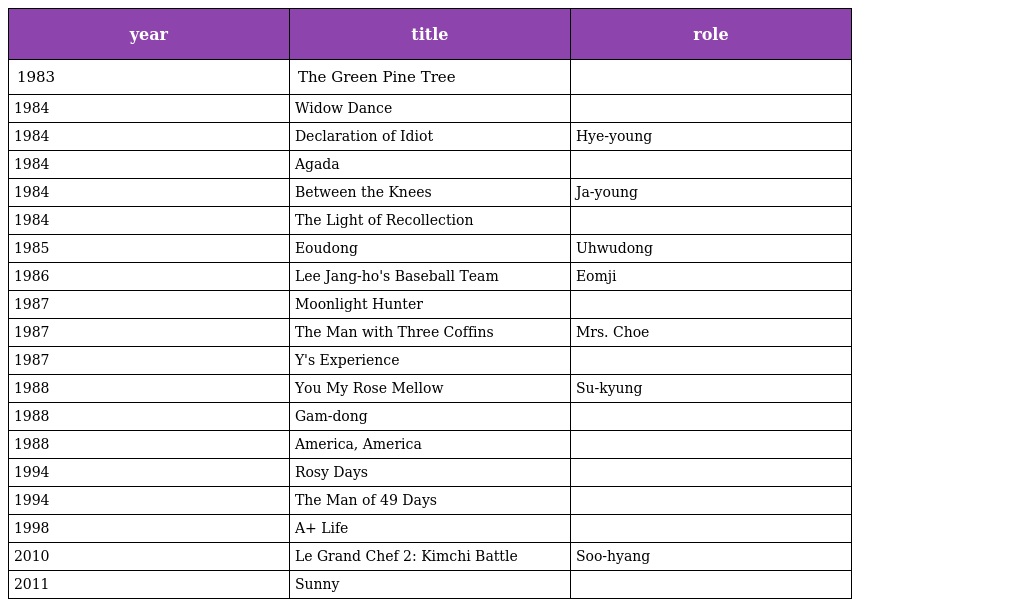
| year | title | role |
 | --- | --- | --- |
 | 1983 | The Green Pine Tree |  |
 | 1984 | Widow Dance |  |
 | 1984 | Declaration of Idiot | Hye-young |
 | 1984 | Agada |  |
 | 1984 | Between the Knees | Ja-young |
 | 1984 | The Light of Recollection |  |
 | 1985 | Eoudong | Uhwudong |
 | 1986 | Lee Jang-ho's Baseball Team | Eomji |
 | 1987 | Moonlight Hunter |  |
 | 1987 | The Man with Three Coffins | Mrs. Choe |
 | 1987 | Y's Experience |  |
 | 1988 | You My Rose Mellow | Su-kyung |
 | 1988 | Gam-dong |  |
 | 1988 | America, America |  |
 | 1994 | Rosy Days |  |
 | 1994 | The Man of 49 Days |  |
 | 1998 | A+ Life |  |
 | 2010 | Le Grand Chef 2: Kimchi Battle | Soo-hyang |
 | 2011 | Sunny |  |